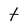
Character: t